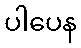
ပါပေန